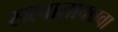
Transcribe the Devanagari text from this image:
सत्वातावन्नवा